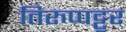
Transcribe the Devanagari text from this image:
तिरुप्पट्टूर